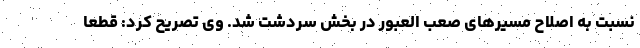
نسبت به اصلاح مسیرهای صعب العبور در بخش سردشت شد. وی تصریح کرد: قطعاً